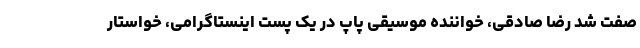
صفت شد رضا صادقی، خواننده موسیقی پاپ در یک پُست اینستاگرامی، خواستار